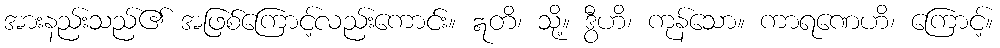
အားနည်းသည်၏ အဖြစ်ကြောင့်လည်းကောင်း။ ဣတိ၊ သို့။ ဒွီဟိ၊ ကုန်သော။ ကာရဏေဟိ၊ ကြောင့်။